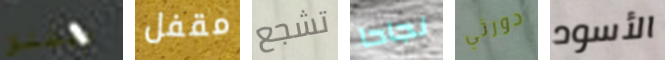
ويطلق مقفل تشجع نجاحا دورثي الأسود